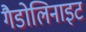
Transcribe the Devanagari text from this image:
गैडोलिनाइट